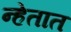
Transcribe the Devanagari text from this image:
न्हेतात